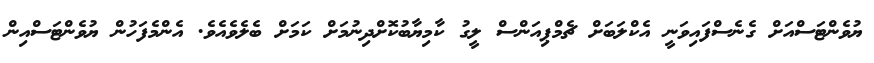
ޔުވެންޓަސްއަށް ގެނެސްފައިވަނީ އެކްލަބަށް ޗެމްޕިއަންސް ލީގު ކާމިޔާބުކޮށްދިނުމަށް ކަމަށް ބެލެވެއެވެ. އެންމެފަހުން ޔުވެންޓަސްއިން